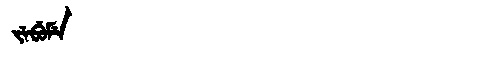
Manchu: ᠵᡝᠪᡠᠮᡝ
Romanization: JEBUME